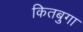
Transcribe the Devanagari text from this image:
कितबुगा